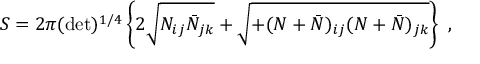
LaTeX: S = 2 \pi ( \operatorname * { d e t } ) ^ { 1 / 4 } \left\{ 2 \sqrt { N _ { i j } \bar { N } _ { j k } } + \sqrt { + ( N + \bar { N } ) _ { i j } ( N + \bar { N } ) _ { j k } } \right\} \ ,